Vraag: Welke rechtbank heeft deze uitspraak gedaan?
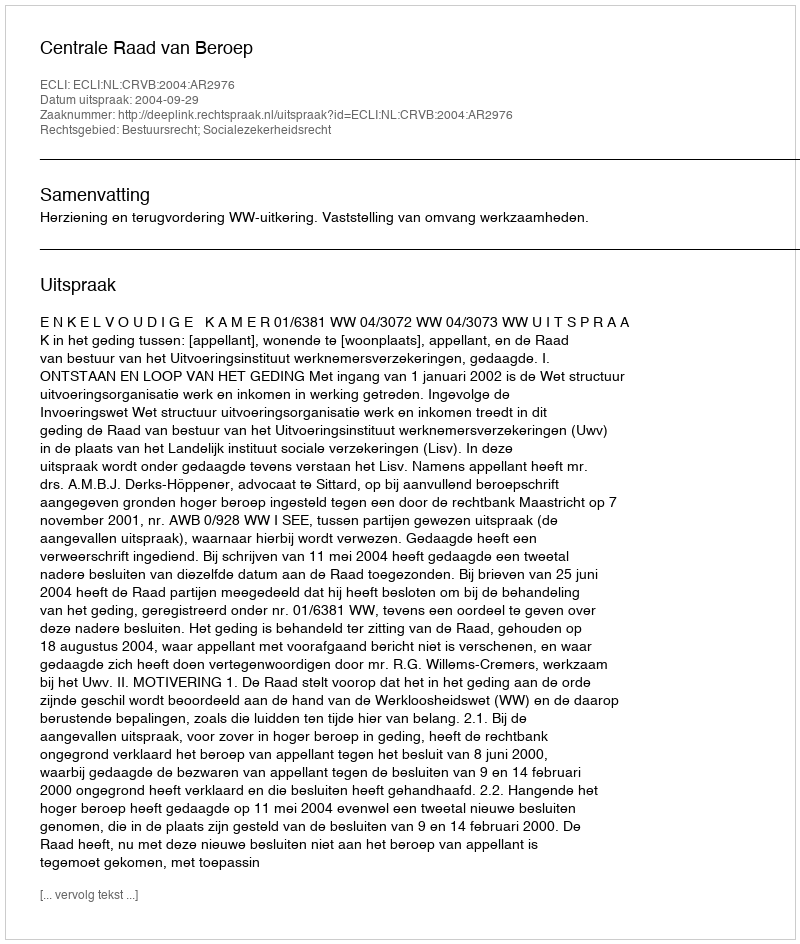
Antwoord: Centrale Raad van Beroep